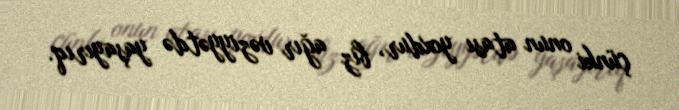
çünki onun atası yoxdur, biz ağır vəziyyətdə yaşayırıq.